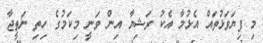
މި ފިޔަވަޅުތައް އެޅުމާ އެކު ރަޝިޔާ އިން ވަނީ މިކަމުގެ ހިތި ނަތީޖާ